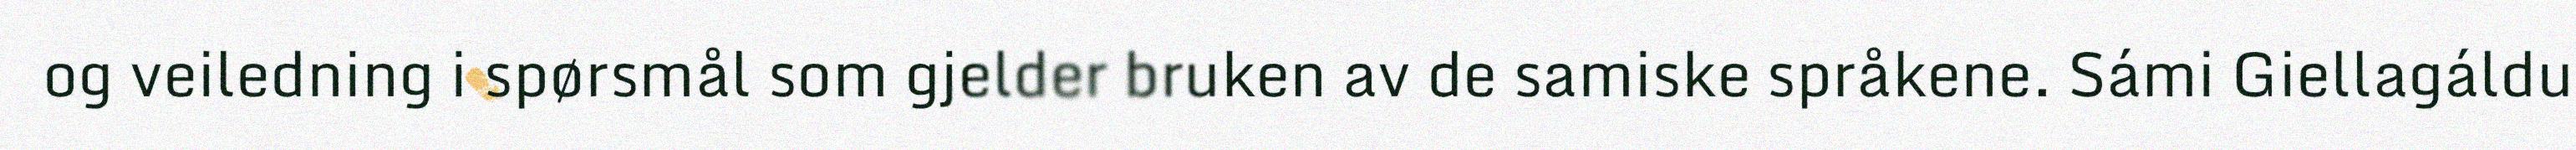
og veiledning i spørsmål som gjelder bruken av de samiske språkene. Sámi Giellagáldu